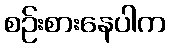
စဉ်းစားနေပါက